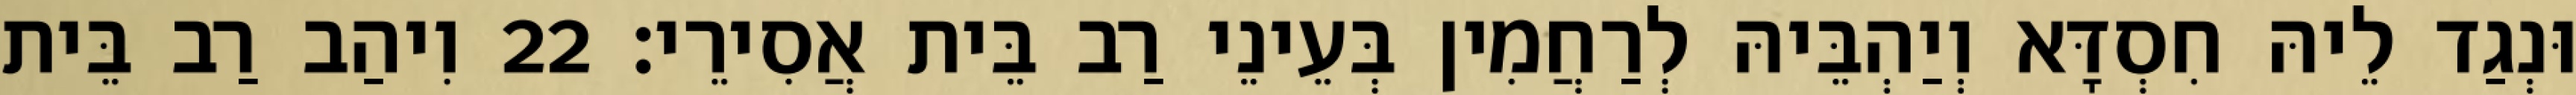
וּנְגַד לֵיהּ חִסְדָּא וְיַהְבֵּיהּ לְרַחֲמִין בְּעֵינֵי רַב בֵּית אֲסִירֵי׃ 22 וִיהַב רַב בֵּית